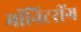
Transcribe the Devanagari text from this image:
मॉनिटरींग